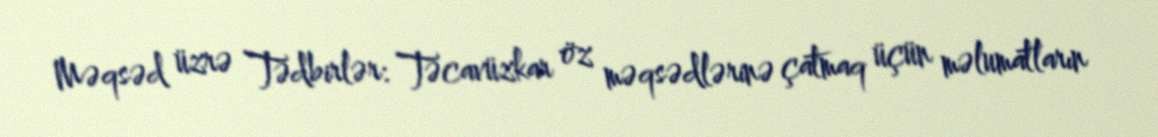
Məqsəd üzrə Tədbirlər: Təcavüzkar öz məqsədlərinə çatmaq üçün məlumatların